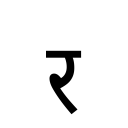
OCR:
र